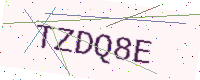
Text: TZDQ8E